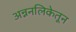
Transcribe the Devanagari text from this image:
अन्ननलिकेतून